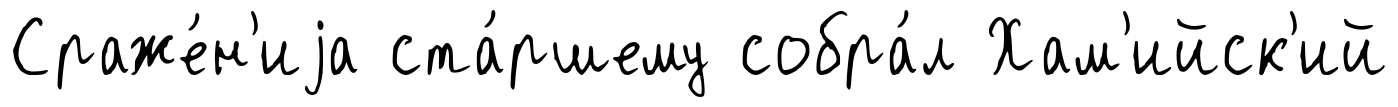
Сраже́н'иjа ста́ршему собра́л Хам'ийск'ий